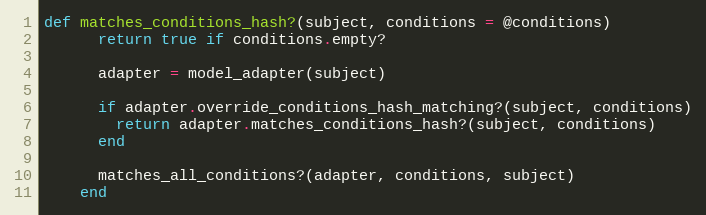
Language: Ruby
def matches_conditions_hash?(subject, conditions = @conditions)
      return true if conditions.empty?

      adapter = model_adapter(subject)

      if adapter.override_conditions_hash_matching?(subject, conditions)
        return adapter.matches_conditions_hash?(subject, conditions)
      end

      matches_all_conditions?(adapter, conditions, subject)
    end